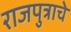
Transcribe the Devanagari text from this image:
राजपुत्राचे